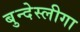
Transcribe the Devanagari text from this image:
बुन्देस्लीगा